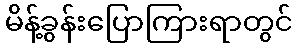
မိန့်ခွန်းပြောကြားရာတွင်